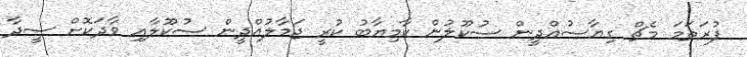
ފުރަތަމަ މެޗް ގިޔާސުއްދީން ސުކޫލުން ކާމިޔާބު ކުރީ ޖަމާލުއްދީން ސުކޫލާއި ވާދަކޮށް ސީދާ